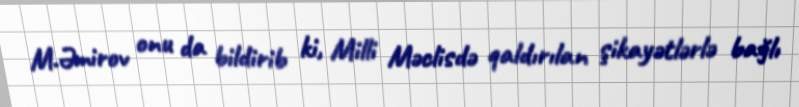
M.Əmirov onu da bildirib ki, Milli Məclisdə qaldırılan şikayətlərlə bağlı